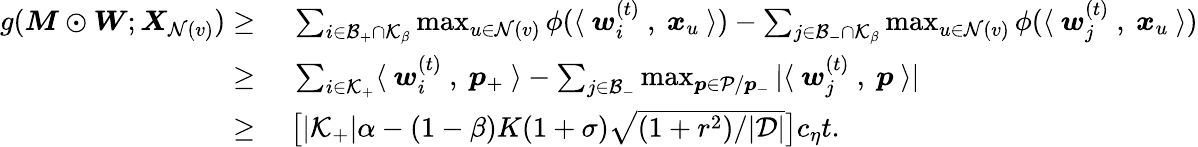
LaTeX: \begin{array}{rl}{g({\boldsymbol M}\odot{\boldsymbol W};{\boldsymbol X}_{\mathcal{N}(v)})\ge}&{~\sum_{i\in\mathcal{B}_{+}\cap\mathcal{K}_{\beta}}\operatorname*{max}_{u\in\mathcal{N}(v)}\phi(\langle~{\boldsymbol w}_{i}^{(t)}~,~{\boldsymbol x}_{u}~\rangle)-\sum_{j\in\mathcal{B}_{-}\cap\mathcal{K}_{\beta}}\operatorname*{max}_{u\in\mathcal{N}(v)}\phi(\langle~{\boldsymbol w}_{j}^{(t)}~,~{\boldsymbol x}_{u}~\rangle)}\\ {\ge}&{~\textstyle\sum_{i\in\mathcal{K}_{+}}\langle~{\boldsymbol w}_{i}^{(t)}~,~{\boldsymbol p}_{+}~\rangle-\sum_{j\in\mathcal{B}_{-}}\operatorname*{max}_{{\boldsymbol p}\in\mathcal{P}/{\boldsymbol p}_{-}}|\langle~{\boldsymbol w}_{j}^{(t)}~,~{\boldsymbol p}~\rangle|}\\ {\ge}&{~\big[|\mathcal{K}_{+}|\alpha-(1-\beta)K(1+\sigma)\sqrt{(1+r^{2})/|\mathcal{D}|}\big]c_{\eta}t.}\end{array}